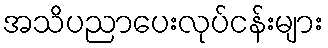
အသိပညာပေးလုပ်ငန်းများ